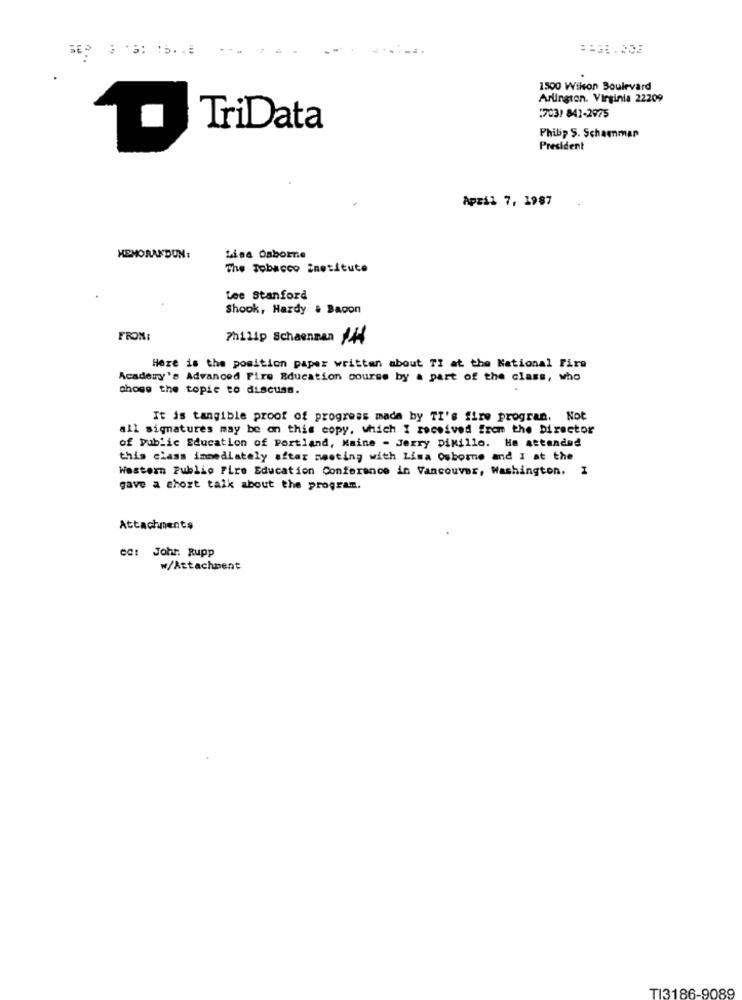
*5: 15 .. #
1500 Wilson Boulevard
Arlington. Virginia 22209
[703) 842-2975
TriData
Philip S. Schaenmar
President
Apzil 7, 1987
HEMORANDUN:
Lisa Osborne
The Tobacco institute
tee Stanford
Shook, Hardy & Bacon
FRON
7hilip Schaenman 144
Here is the position paper written about TI at the National Fire
Academy's Advanced Fire Education course by a part of the class, who
chose the topic to discuss.
It is tangible proof of progress made by TI's fire progran. Not
all signatures may be on this copy, which I received from the Director
of public Education of Portland, Maine - Jerry Dikillo. He attended
this class immediately after meeting with Lisa Osborne and I at the
Western Publio Pire Education Conference in Vancouver, Washington. I
gave a chort talk about the program.
Attachments
CC: Johr: Rupp
w/Attachment
TI3186-9089